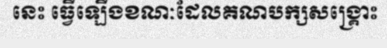
នេះ ធ្វើឡើងខណៈដែលគណបក្សសង្គ្រោះ